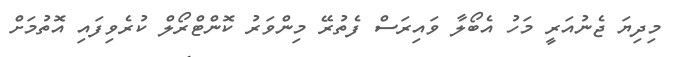
މިދިޔަ ޖެނުއަރީ މަހު އެބޯލާ ވައިރަސް ފެތުރޭ މިންވަރު ކޮންޓްރޯލް ކުރެވިފައި އޮތުމަށް